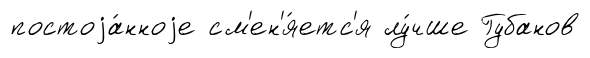
постоjа́нноjе см'ен'я́етс'я лу́чше Губанов